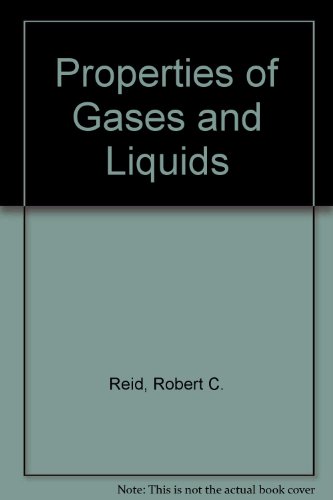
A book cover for Properties of Gases and Liquids; Robert C. Reid; Science & Math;